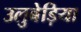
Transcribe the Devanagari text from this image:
उलुबेड़िया